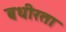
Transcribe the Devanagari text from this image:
बधीरता